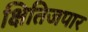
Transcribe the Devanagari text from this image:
क्षितिजपार